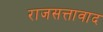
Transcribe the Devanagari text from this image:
राजसत्तावाद